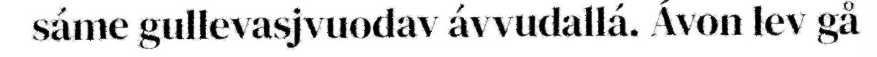
sáme gullevasjvuodav ávvudallá. Ávon lev gå